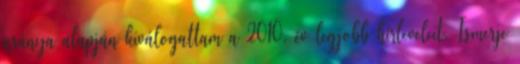
aránya alapján kiválogattam a 2010. év legjobb hírleveleit. Ismerje